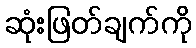
ဆုံးဖြတ်ချက်ကို